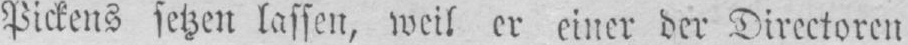
Pickens setzen lassen, weil er einer der Directoren